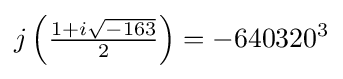
j\left({\tfrac {1+i{\sqrt {-163}}}{2}}\right)=-640320^{3}